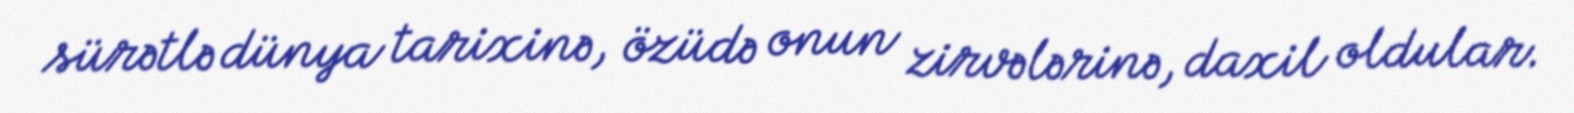
sürətlə dünya tarixinə, özüdə onun zirvələrinə, daxil oldular.